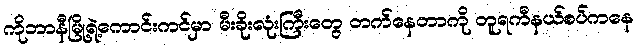
ကိုဘာနီမြို့ရဲ့ကောင်းကင်မှာ မီးခိုးလုံးကြီးတွေ တက်နေတာကို တူရကီနယ်စပ်ကနေ